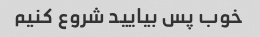
خوب پس بیایید شروع کنیم